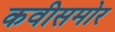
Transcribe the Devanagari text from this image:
कवीसमोर